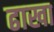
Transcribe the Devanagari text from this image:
ढाखा